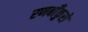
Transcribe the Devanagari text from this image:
रणबाँकुरों